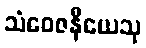
သံဝေဇနီယေသု